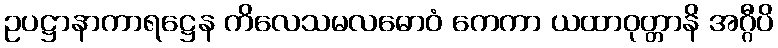
ဥပဋ္ဌာနာကာရဋ္ဌေန ကိလေသမလဓောဝံ ကေကာ ယထာဝုတ္တာနိ အဂ္ဂီပိ